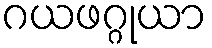
ဂယဖဂ္ဂုယာ